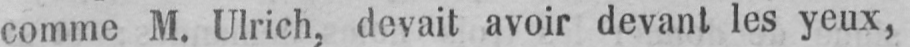
comme M. Ulrich, devait avoir devant les yeux,